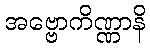
အဗ္ဗောကိဏ္ဏာနိ